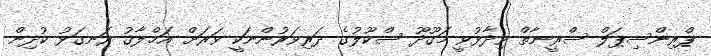
ޕްރިންސިޕަލް ސްރީނާތް ވިދާޅުވީ މަގޫދޫ ސްކޫލުގެ ދަރިވަރުންނަކީ ވަރަށް އަޚްލާޤު ރަނގަޅު ކުދިން